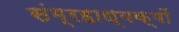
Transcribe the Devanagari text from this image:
संग्रहाध्यक्षों